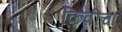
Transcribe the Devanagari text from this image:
किवीचा